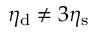
\eta _ { \mathrm { d } } \neq 3 \eta _ { \mathrm { s } }